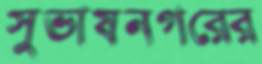
সুভাষনগরের